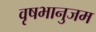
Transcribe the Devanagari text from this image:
वृषभानुजम